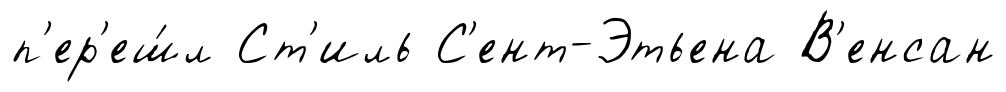
п'ер'еш́л Ст'иль С'ент-Этьена В'енсан